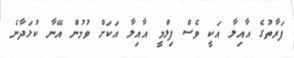
ފަރާތުގެ އާއިލާ އަކީ ވެސް ފިލްމީ އާއިލާ އަކަށް ވުމުން އޭނާ ކުޅަދާނެ